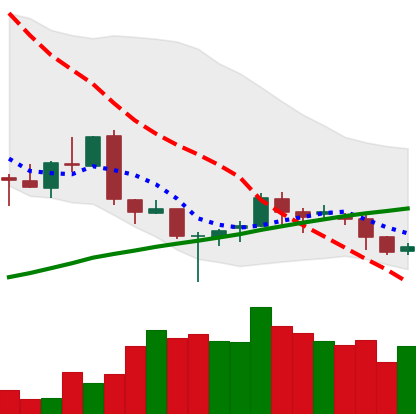
Ticker: LINK-USD
Chart end date: 2018-03-28
Forward return: -22.109%
Label: down_7plus